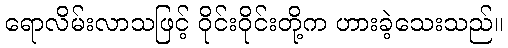
ရောလိမ်းလာသဖြင့် ဝိုင်းဝိုင်းတို့က ဟားခဲ့သေးသည်။